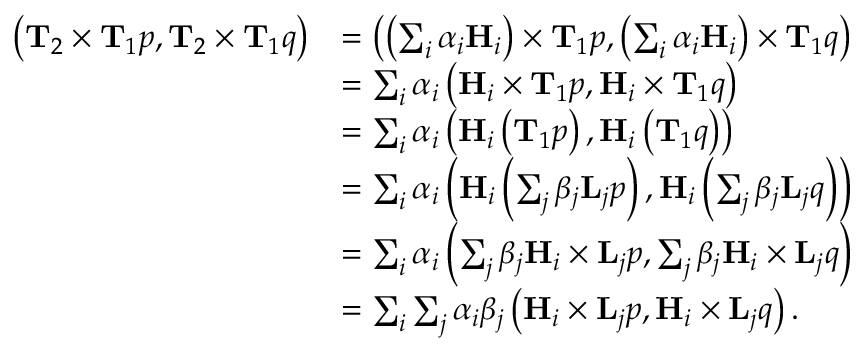
\begin{array} { r l } { \left( \mathbf { T } _ { 2 } \times \mathbf { T } _ { 1 } p , \mathbf { T } _ { 2 } \times \mathbf { T } _ { 1 } q \right) } & { = \left( \left( \sum _ { i } \alpha _ { i } \mathbf { H } _ { i } \right) \times \mathbf { T } _ { 1 } p , \left( \sum _ { i } \alpha _ { i } \mathbf { H } _ { i } \right) \times \mathbf { T } _ { 1 } q \right) } \\ & { = \sum _ { i } \alpha _ { i } \left( \mathbf { H } _ { i } \times \mathbf { T } _ { 1 } p , \mathbf { H } _ { i } \times \mathbf { T } _ { 1 } q \right) } \\ & { = \sum _ { i } \alpha _ { i } \left( \mathbf { H } _ { i } \left( \mathbf { T } _ { 1 } p \right) , \mathbf { H } _ { i } \left( \mathbf { T } _ { 1 } q \right) \right) } \\ & { = \sum _ { i } \alpha _ { i } \left( \mathbf { H } _ { i } \left( \sum _ { j } \beta _ { j } \mathbf { L } _ { j } p \right) , \mathbf { H } _ { i } \left( \sum _ { j } \beta _ { j } \mathbf { L } _ { j } q \right) \right) } \\ & { = \sum _ { i } \alpha _ { i } \left( \sum _ { j } \beta _ { j } \mathbf { H } _ { i } \times \mathbf { L } _ { j } p , \sum _ { j } \beta _ { j } \mathbf { H } _ { i } \times \mathbf { L } _ { j } q \right) } \\ & { = \sum _ { i } \sum _ { j } \alpha _ { i } \beta _ { j } \left( \mathbf { H } _ { i } \times \mathbf { L } _ { j } p , \mathbf { H } _ { i } \times \mathbf { L } _ { j } q \right) . } \end{array}